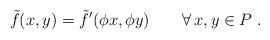
LaTeX: \begin{align*} \tilde{f}(x,y)=\tilde{f}'(\phi x,\phi y)\qquad\forall\, x,y\in P\ . \end{align*}